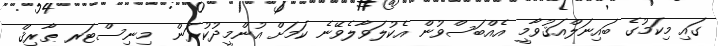
ގައި މިކަމުގެ ބައިނަލްއަޤުވާމީ އެއްބަސްވުން އެކުލަވާލެވޭނެ ކަމަށް އުންމީދުކުރަން  މިނިސްޓަރ ޠާރިޤް